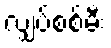
လျှပ်စစ်မီး